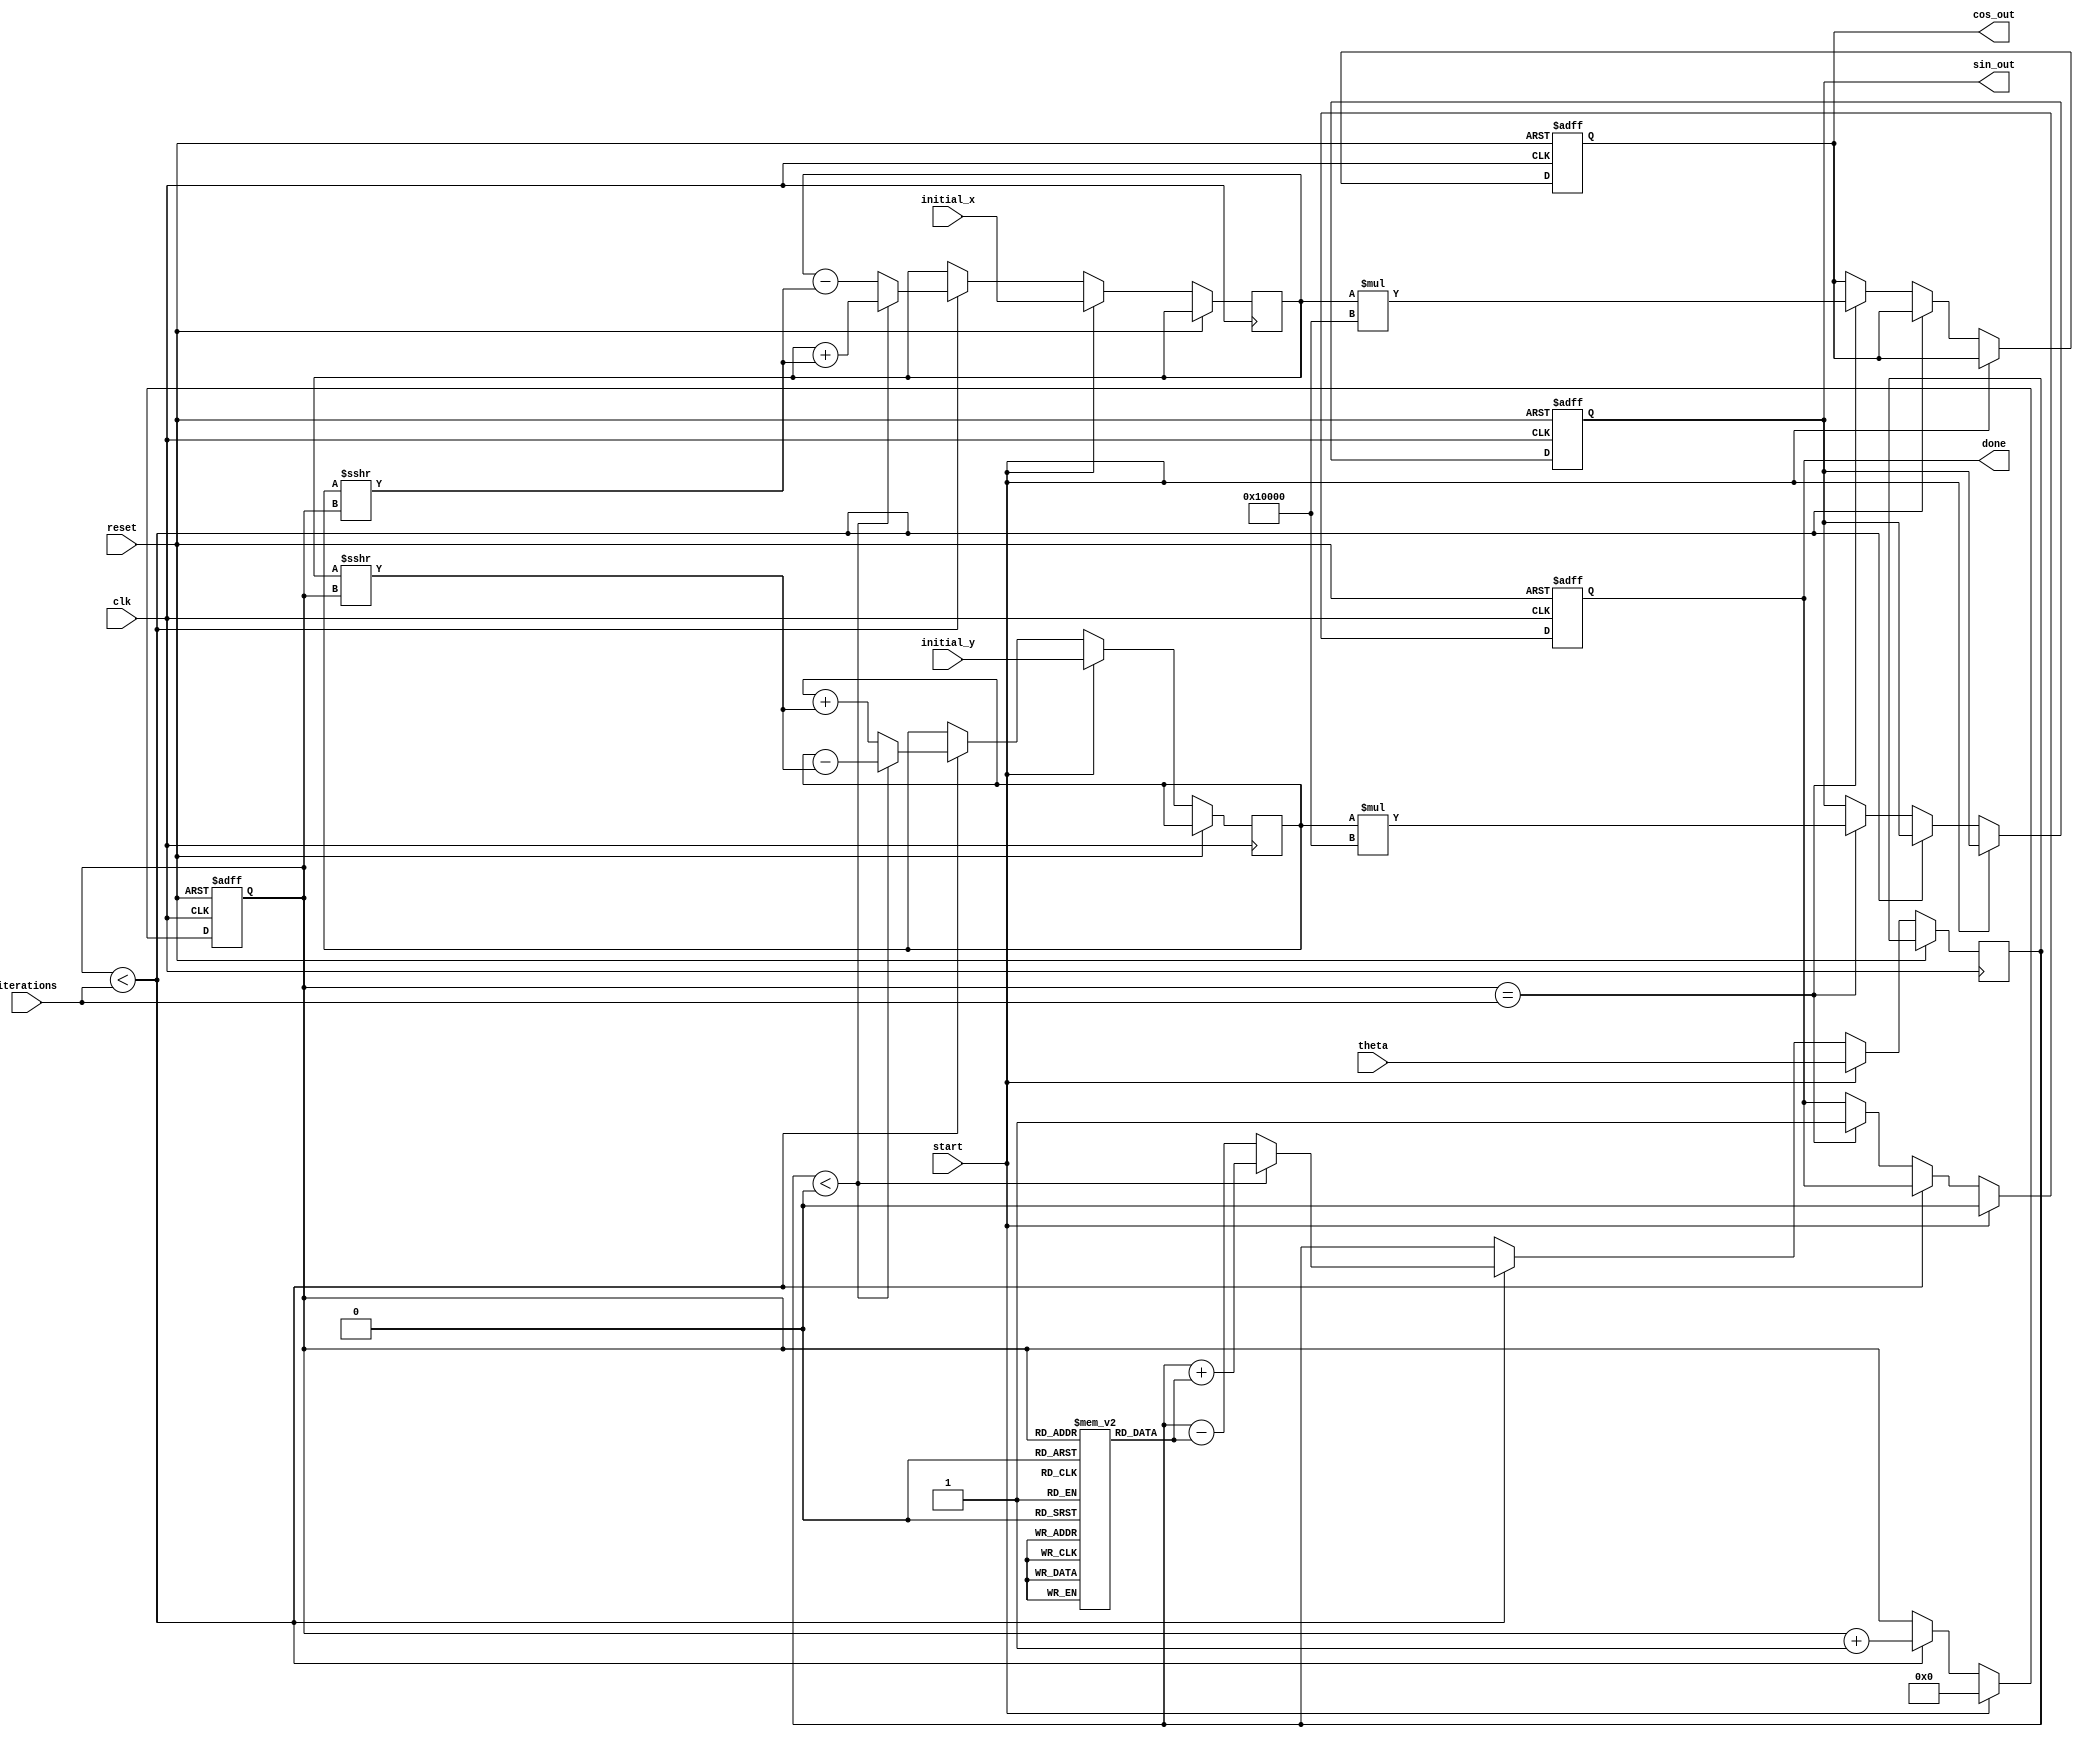
module cordic (
    input clk,
    input reset,
    input start,
    input [31:0] theta,          // Input angle in fixed-point representation
    input signed [31:0] initial_x, // Initial x-coordinate
    input signed [31:0] initial_y, // Initial y-coordinate
    input [4:0] iterations,      // Number of iterations (max 32)
    output reg signed [31:0] cos_out, // Output cosine value
    output reg signed [31:0] sin_out, // Output sine value
    output reg done              // Done signal
);

    // CORDIC parameters
    parameter NUM_ITERATIONS = 32;
    parameter FIXED_POINT_SCALE = 32'h00010000; // Scaling factor for normalization
    
    // Lookup table for arctangent values (in fixed-point)
    reg [31:0] atan_table [0:NUM_ITERATIONS-1];
    initial begin
        atan_table[0]  = 32'h00000000; // atan(2^0)
        atan_table[1]  = 32'h0000003F; // atan(2^-1)
        atan_table[2]  = 32'h0000001A; // atan(2^-2)
        atan_table[3]  = 32'h0000000D; // atan(2^-3)
        atan_table[4]  = 32'h00000009; // atan(2^-4)
        atan_table[5]  = 32'h00000005; // atan(2^-5)
        // Fill remaining entries...
    end

    // Internal registers
    reg signed [31:0] x;
    reg signed [31:0] y;
    reg signed [31:0] z;
    reg [4:0] count;
    
    // State machine
    always @(posedge clk or posedge reset) begin
        if (reset) begin
            cos_out <= 0;
            sin_out <= 0;
            done <= 0;
            count <= 0;
        end else if (start) begin
            // Initialize values
            x <= initial_x;
            y <= initial_y;
            z <= theta;
            count <= 0;
            done <= 0;
        end else if (count < iterations) begin
            // CORDIC rotation
            if (z < 0) begin
                // Rotate by -atan(theta[count])
                z <= z + atan_table[count];
                x <= x + (y >>> count);
                y <= y - (x >>> count);
            end else begin
                // Rotate by +atan(theta[count])
                z <= z - atan_table[count];
                x <= x - (y >>> count);
                y <= y + (x >>> count);
            end
            count <= count + 1;
        end else if (count == iterations) begin
            // Output the final results
            cos_out <= x * FIXED_POINT_SCALE; // Normalize
            sin_out <= y * FIXED_POINT_SCALE; // Normalize
            done <= 1;
        end
    end
endmodule